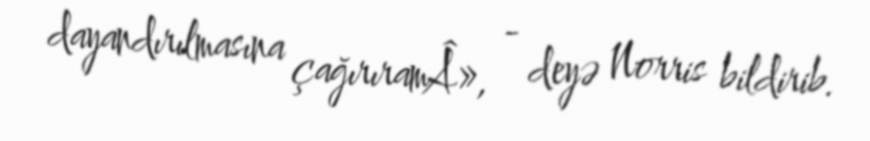
dayandırılmasına çağırıramÂ», - deyə Norris bildirib.